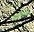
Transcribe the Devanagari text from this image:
गणपतिदेव